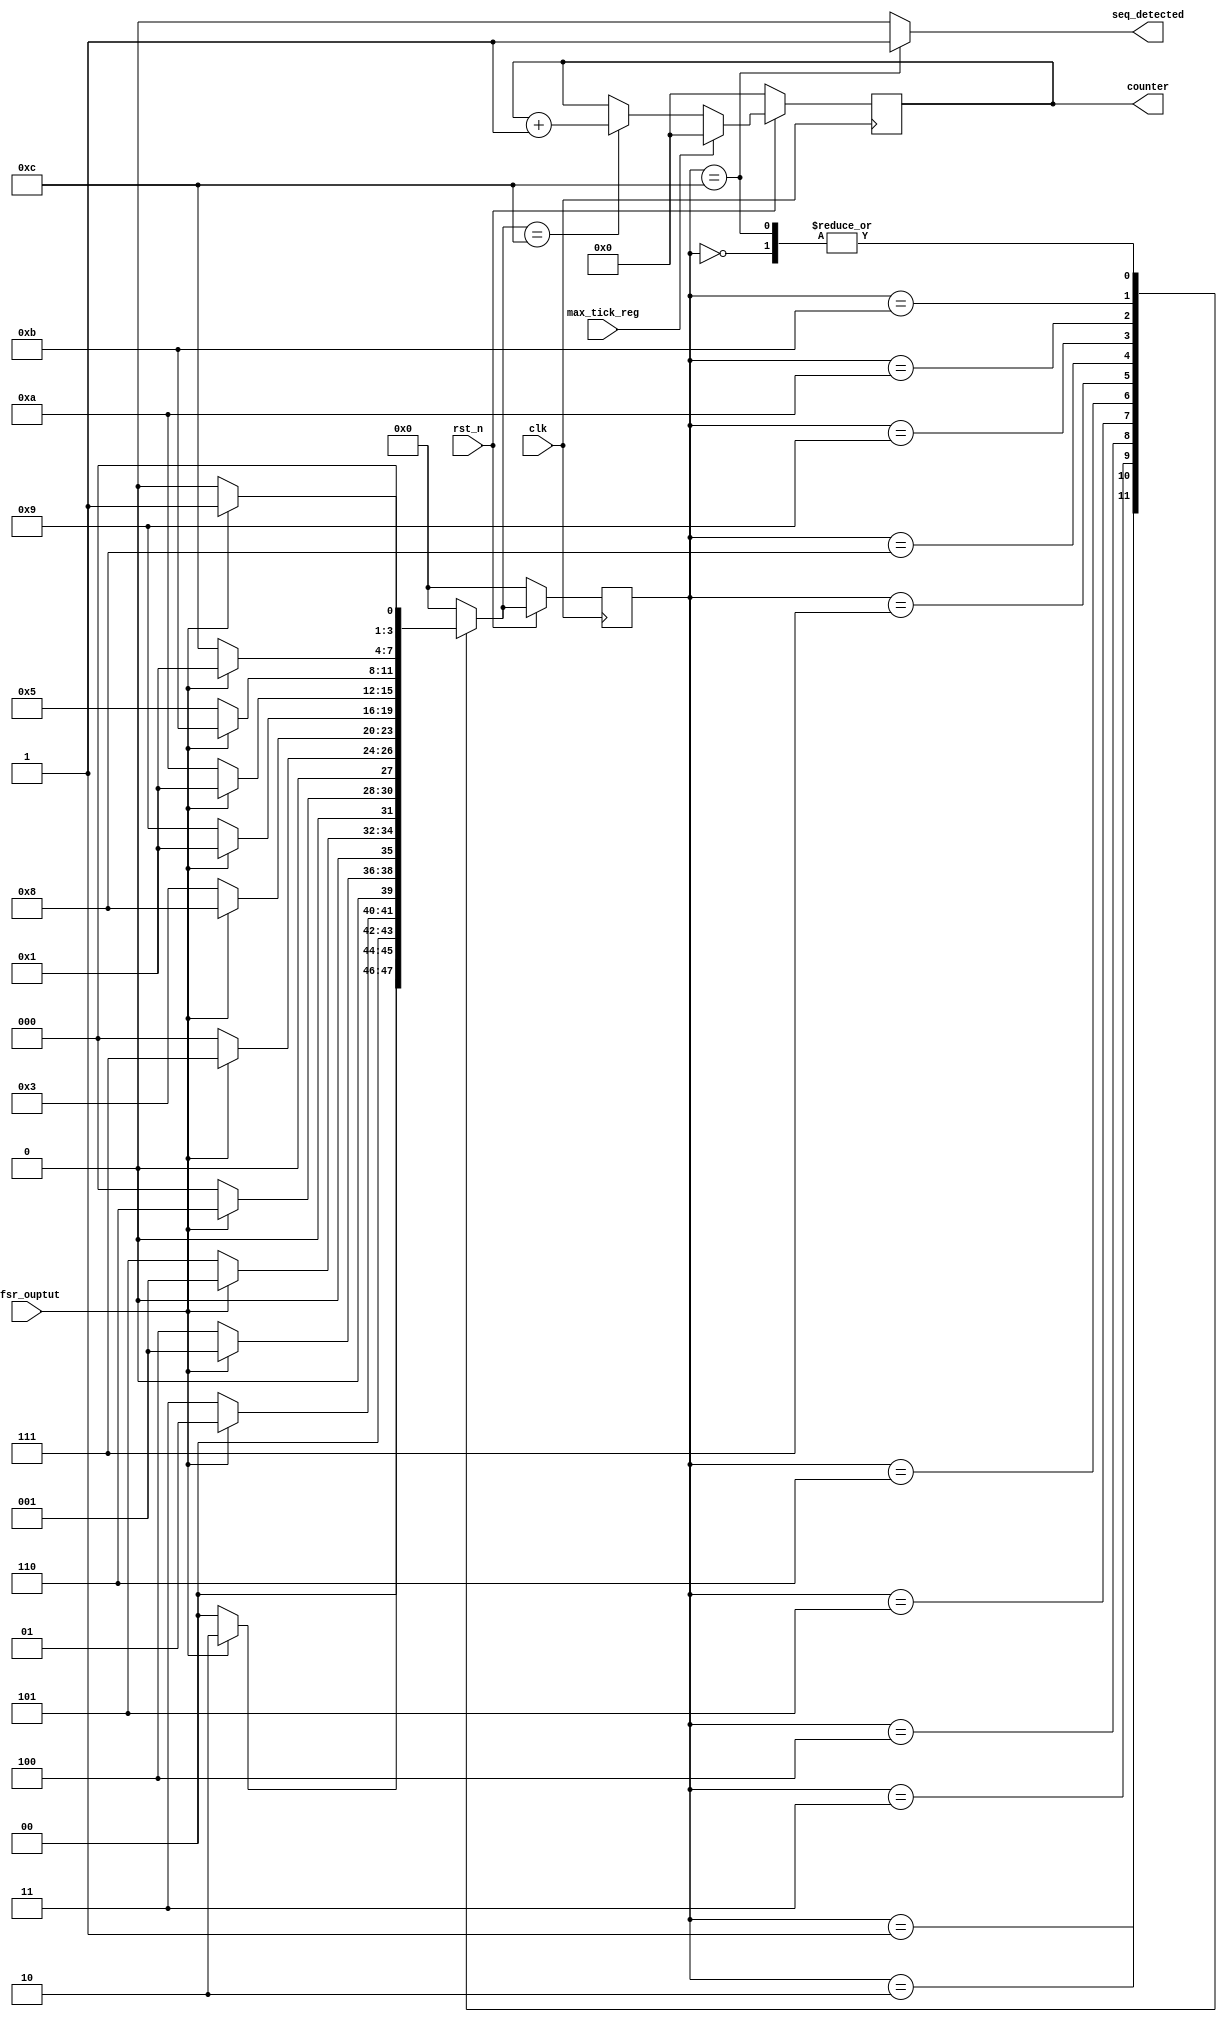
`timescale 1fs / 1fs
//////////////////////////////////////////////////////////////////////////////////
// Company: 
// Engineer: 
// 
// Design Name: 
// Module Name: fsm_seq_det
// Project Name: 
// Target Devices: 
// Tool Versions: 
// Description: 
// 
// Dependencies: 
// 
// Revision:
// Revision 0.01 - File Created
// Additional Comments:
// 
//////////////////////////////////////////////////////////////////////////////////


module fsm_seq_det(

  input	clk,rst_n,
  input lfsr_ouptut,
  output  seq_detected,
  input  max_tick_reg,

  output reg [8:0] counter

    );
    
    reg [3:0] curr_state, nxt_state;


//110001110010 
//ABCDEFGHIJKL   

localparam IDLE = 4'b0000;  // Reset state 
localparam   A  = 4'b0001;  // 1 is detected 
localparam   B  = 4'b0010;  // 11 is detected 
localparam   C  = 4'b0011;  // 110 is detected 
localparam   D  = 4'b0100;  // 1100 is detected 
localparam   E  = 4'b0101;  // 11000 is detected
localparam   F  = 4'b0110;  // 110001 is detected
localparam   G  = 4'b0111;  // 1100011 is detected
localparam   H  = 4'b1000;  // 11000111 is detected
localparam   I  = 4'b1001;  // 110001110 is detected
localparam   J  = 4'b1010;  // 1100011100 is detected
localparam   K  = 4'b1011;  // 11000111001 is detected
localparam   L  = 4'b1100;  // 110001110010 is detected


assign    seq_detected = (curr_state == L) ? 1'b1 : 1'b0; //if the current state has reached L, we have decected the 
                                                          //sequence so we set seq_detected high else it stays low

always @ (posedge clk) begin //rising edge clk
if(!rst_n) begin
		 curr_state	<=	IDLE; //current state to IDLE
		 counter ='d0; //set the counter to 0
		 end
		 
		 else begin 
	  
		    curr_state <= nxt_state;
   if (nxt_state == L)//if this is true then we have seen our sequence 
                      //and we append count by 1
   begin
   counter <= counter +1;
   end 
 
     if (max_tick_reg) //if the max_tick_reg is high..then we have completed full LFSR
                       //cycle so we set the counter back to 0 to start again..
     counter <='d0;
   
end

end


always @ (*) begin //in this always block we go through our sequence 110001110010
                   //moving to the next state if the right bit is seen or going back to a 
                   //previous state if the wrong bit is seen
case (curr_state)

IDLE : begin 
        if (lfsr_ouptut)
          nxt_state = A;
         else 
           nxt_state  =IDLE;
       end 
 
 A : begin 
        if (lfsr_ouptut)
          nxt_state  = B;
         else 
           nxt_state  = IDLE;
       end 
B : begin 
        if (!lfsr_ouptut)
          nxt_state  = C;
         else 
           nxt_state  = A;
       end 
 C : begin 
        if (!lfsr_ouptut)
          nxt_state  = D;
         else 
           nxt_state  = A;
       end 
 D : begin 
        if (!lfsr_ouptut)
          nxt_state  = E;
         else 
           nxt_state  = A;
       end 
 E : begin 
        if (lfsr_ouptut)
          nxt_state  = F;
         else 
           nxt_state  = IDLE;
       end 
 F : begin 
        if (lfsr_ouptut)
          nxt_state  = G;
         else 
           nxt_state  =IDLE;
       end 
 G : begin 
        if (lfsr_ouptut)
          nxt_state  = H;
         else 
           nxt_state  = C;
       end 
 H : begin 
        if (!lfsr_ouptut)
          nxt_state  = I;
         else 
           nxt_state  =A;
       end 
 I : begin 
        if (!lfsr_ouptut)
          nxt_state  = J;
         else 
           nxt_state  =A;
       end 
 J : begin 
        if (lfsr_ouptut)
          nxt_state  = K;
         else 
           nxt_state = E;
       end 
 K : begin 
        if (!lfsr_ouptut)
          nxt_state  = L;
         else 
          nxt_state  = A;
       end 
       
        
 L:  begin
     if (lfsr_ouptut)
          nxt_state =A;
         else 
           nxt_state  =IDLE;
       end 
 
      
    
default: 
         nxt_state = IDLE; //our default is back to our idle setting

          
endcase
end


    
    
    
    
    
endmodule